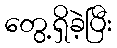
တွေ့ရှိခဲ့ပြီး